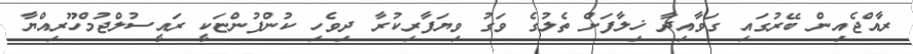
ރާއްޖެއިން ބޭރުގައި ގަވާއިދާ ޚިލާފަށް ތެލުގެ ވަގު ވިޔަފާރިކުރާ ދިވެހި ކުންފުންޏަކީ ރައީސުލްޖުމްހޫރިއްޔާ